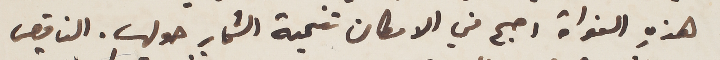
هذهِ النواة اصبح في الامكان تنمية الثمار حولها. الناقص